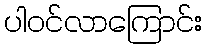
ပါဝင်လာကြောင်း